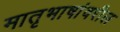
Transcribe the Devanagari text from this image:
मातृभाषांवरील